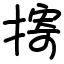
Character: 㨳